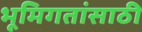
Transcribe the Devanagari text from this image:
भूमिगतांसाठी